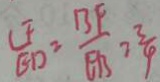
\frac { C F } { E D } = \frac { B F } { E B } = \frac { 3 } { 4 }